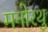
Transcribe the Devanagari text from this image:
मनोरथु